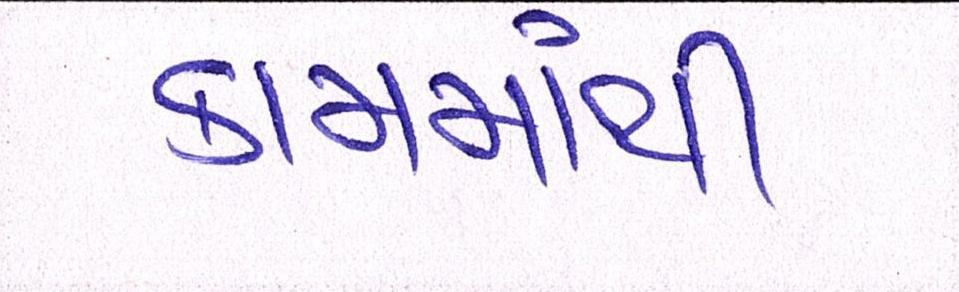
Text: કામમાંથી